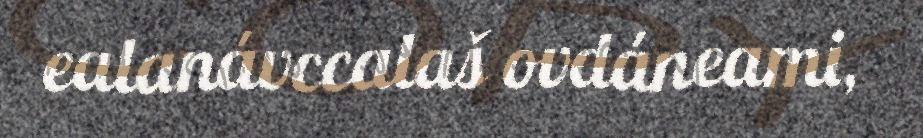
ealanávccalaš ovdáneami,